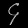
Digit: ၄